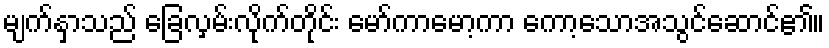
မျက်နှာသည် ခြေလှမ်းလိုက်တိုင်း မော်ကာမော့ကာ ကော့သောအသွင်ဆောင်၏။